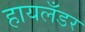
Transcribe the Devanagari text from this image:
हायलँडर